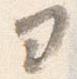
ヨ